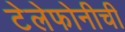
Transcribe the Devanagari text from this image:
टेलेफोनीची